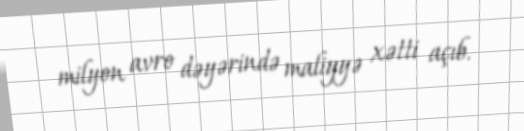
milyon avro dəyərində maliyyə xətti açıb.